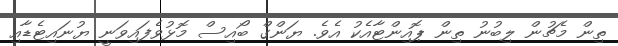
ތިން މެޗުން ލިބުނު ތިން ޕޮއިންޓާއެކު އެވެ. ޔަންގް ބޯއިސް މޮޅުވެފައިވަނީ ޔުނައިޓެޑާއި